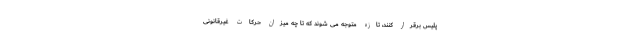
پلیس برقرار کنند، تازه متوجه می شوند که تا چه میزان حرکات غیرقانونی